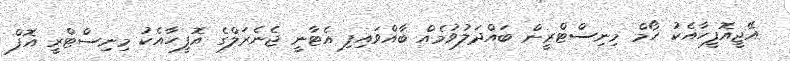
އޭޖީއޮފީހާއެކު ހޯމް މިނިސްޓްރީން ބައްދަލުވުމެއް ބާއްވައިފި އެޓާނީ ޖެނެރަލްގެ އޮފީހާއެކު މިނިސްޓްރީ އޮފް